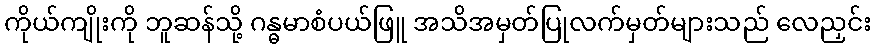
ကိုယ်ကျိုးကို ဘူဆန်သို့ ဂန္ဓမာစံပယ်ဖြူ အသိအမှတ်ပြုလက်မှတ်များသည် လေညှင်း